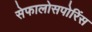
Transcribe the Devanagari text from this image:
सेफालोसपोरिंस